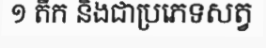
១ តឹក និងជាប្រភេទសត្វ